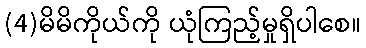
(4)မိမိကိုယ်ကို ယုံကြည့်မှုရှိပါစေ။